Indian journal of veterinary science and animal husbandry - Volume 12,
Year: 1942
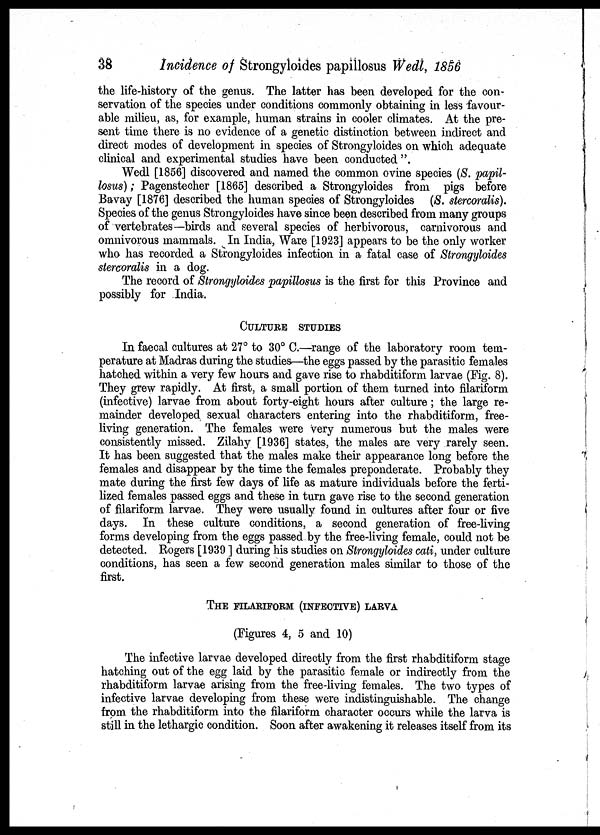
38
Incidence of Strongyloides papillosus Wedl, 1856
the life-history of the genus. The latter has been developed for the con-
servation of the species under conditions commonly obtaining in less favour-
able milieu, as, for example, human strains in cooler climates. At the pre-
sent time there is no evidence of a genetic distinction between indirect and
direct modes of development in species of Strongyloides on which adequate
clinical and experimental studies have been conducted ".
Wedl [1856] discovered and named the common ovine species (S. papil-
losus) ; Pagenstecher [1865] described a Strongyloides from pigs before
Bavay [1876] described the human species of Strongyloides (S. stercoralis).
Species of the genus Strongyloides have since been described from many groups
of vertebrates—birds and several species of herbivorous, carnivorous and
omnivorous mammals. In India, Ware [1923] appears to be the only worker
who has recorded a Strongyloides infection in a fatal case of Strongyloides
stercoralis in a dog.
The record of Strongyloides papillosus is the first for this Province and
possibly for India.
CULTURE STUDIES
In faecal cultures at 27° to 30° C.—range of the laboratory room tem-
perature at Madras during the studies—the eggs passed by the parasitic females
hatched within a very few hours and gave rise to rhabditiform larvae (Fig. 8).
They grew rapidly. At first, a small portion of them turned into filariform
(infective) larvae from about forty-eight hours after culture; the large re-
mainder developed sexual characters entering into the rhabditiform, free-
living generation. The females were very numerous but the males were
consistently missed. Zilahy [1936] states, the males are very rarely seen.
It has been suggested that the males make their appearance long before the
females and disappear by the time the females preponderate. Probably they
mate during the first few days of life as mature individuals before the ferti-
lized females passed eggs and these in turn gave rise to the second generation
of filariform larvae. They were usually found in cultures after four or five
days. In these culture conditions, a second generation of free-living
forms developing from the eggs passed by the free-living female, could not be
detected. Rogers [1939 ] during his studies on Strongyloides cati, under culture
conditions, has seen a few second generation males similar to those of the
first.
THE FILARIFORM (INFECTIVE) LARVA
(Figures 4, 5 and 10)
The infective larvae developed directly from the first rhabditiform stage
hatching out of the egg laid by the parasitic female or indirectly from the
rhabditiform larvae arising from the free-living females. The two types of
infective larvae developing from these were indistinguishable. The change
from the rhabditiform into the filariform character occurs while the larva is
still in the lethargic condition. Soon after awakening it releases itself from its